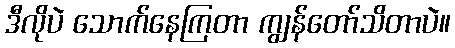
ဒီလိုပဲ သောက်နေကြတာ ကျွန်တော်သိတာပဲ။